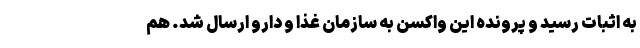
به اثبات رسید و پرونده این واکسن به سازمان غذا و دارو ارسال شد. هم